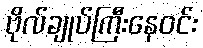
ဗိုလ်ချုပ်ကြီးနေဝင်း